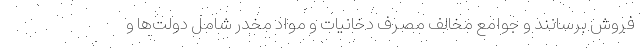
فروش برسانند و جوامع مخالف مصرف دخانیات و مواد مخدر شامل دولت‌ها و